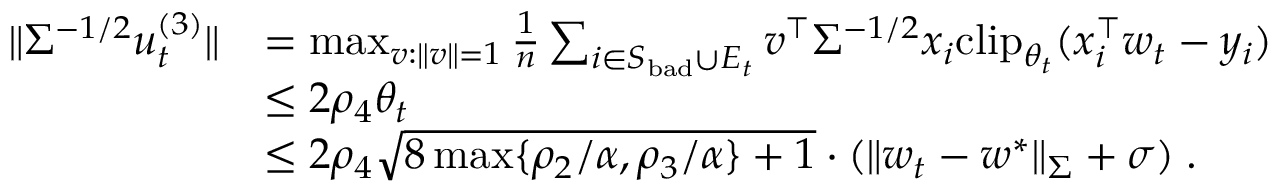
\begin{array} { r l } { \| \Sigma ^ { - 1 / 2 } u _ { t } ^ { ( 3 ) } \| } & { = \operatorname* { m a x } _ { v : \| v \| = 1 } \frac { 1 } { n } \sum _ { i \in S _ { \mathrm { b a d } } \cup E _ { t } } v ^ { \top } \Sigma ^ { - 1 / 2 } x _ { i } \mathrm { c l i p } _ { \theta _ { t } } ( x _ { i } ^ { \top } w _ { t } - y _ { i } ) } \\ & { \leq 2 \rho _ { 4 } \theta _ { t } } \\ & { \leq 2 \rho _ { 4 } \sqrt { 8 \operatorname* { m a x } \{ \rho _ { 2 } / \alpha , \rho _ { 3 } / \alpha \} + 1 } \cdot ( \| w _ { t } - w ^ { * } \| _ { \Sigma } + \sigma ) \; . } \end{array}